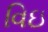
વિઇ